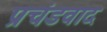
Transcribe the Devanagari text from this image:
प्रचंडवाद